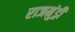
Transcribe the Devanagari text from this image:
राजमुंड्री